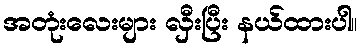
အတုံးလေးများ လှီးပြီး နယ်ထားပါ။